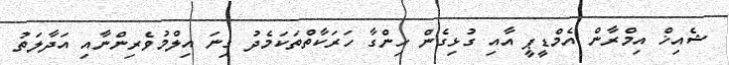
ޝެއިޚް އިމްރާން އެމްޑީޕީ އާއި ގުޅިގެން ހިންގާ ހަރަކާތްތަކަމެދު ގިނަ އިލްމުވެރިންނާއި އަދާލަތު